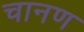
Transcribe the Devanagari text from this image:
चानण